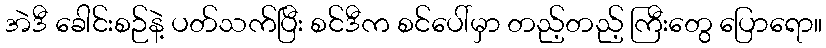
အဲဒီ ခေါင်းစဉ်နဲ့ ပတ်သက်ပြီး စင်ဒီက စင်ပေါ်မှာ တည့်တည့် ကြီးတွေ ပြောရော။